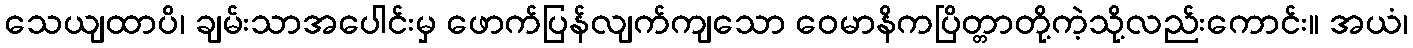
သေယျထာပိ၊ ချမ်းသာအပေါင်းမှ ဖောက်ပြန်လျက်ကျသော ဝေမာနိကပြိတ္တာတို့ကဲ့သို့လည်းကောင်း။ အယံ၊